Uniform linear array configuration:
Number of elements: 16
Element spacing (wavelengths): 1
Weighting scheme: uniform
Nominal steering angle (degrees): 15
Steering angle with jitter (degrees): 15.276
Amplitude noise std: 0.05
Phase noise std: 0.05

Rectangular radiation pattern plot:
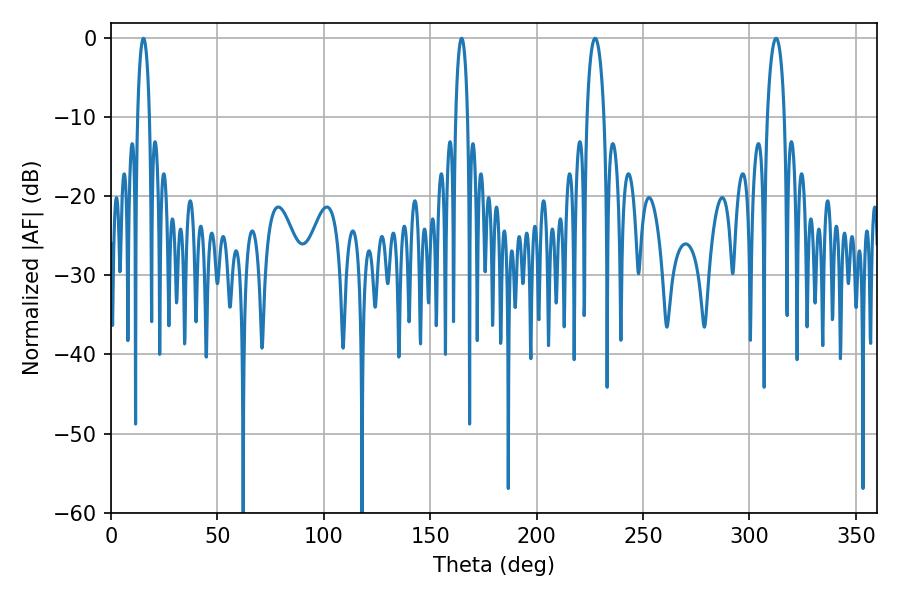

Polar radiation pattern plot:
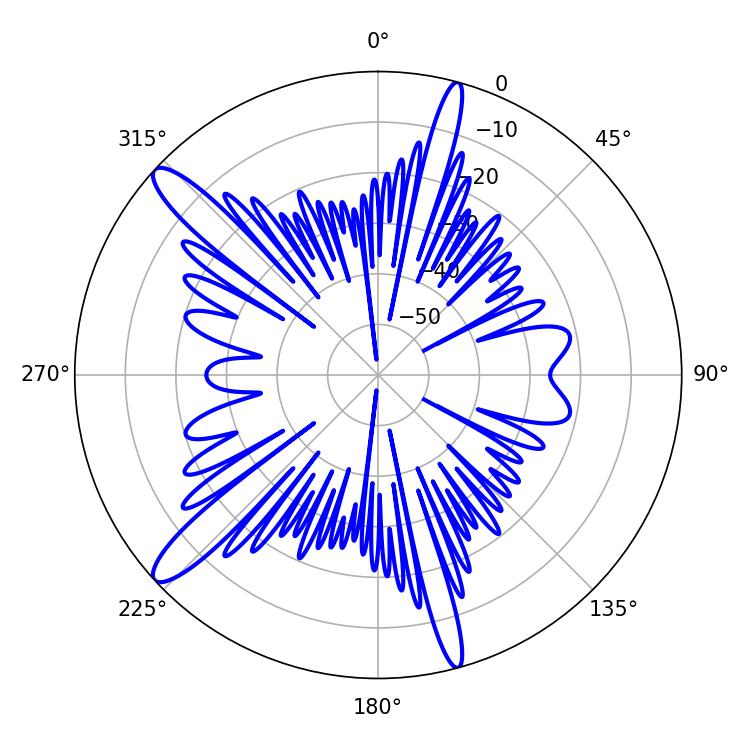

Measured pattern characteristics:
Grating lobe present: TRUE
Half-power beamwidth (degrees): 4.68
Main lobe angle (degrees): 227.52